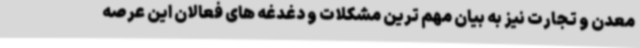
معدن و تجارت نیز به بیان مهم ترین مشکلات و دغدغه های فعالان این عرصه